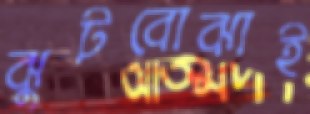
ঝুটবোঝাই